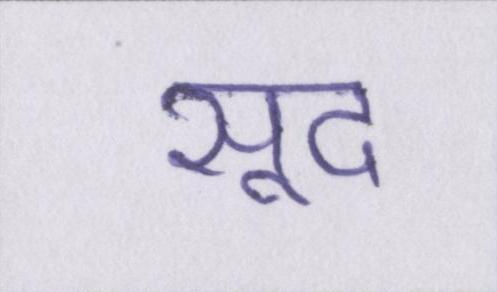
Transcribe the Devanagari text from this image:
सूद